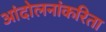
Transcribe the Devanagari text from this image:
आंदोलनांकरिता